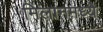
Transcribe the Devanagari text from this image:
मिलानमध्ये